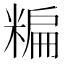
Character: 糄